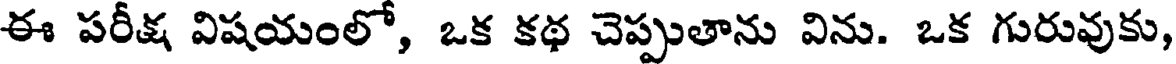
ఈ పరీక్ష విషయంలో, ఒక కథ చెప్పుతాను విను. ఒక గురువుకు,